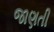
જાણતી